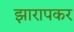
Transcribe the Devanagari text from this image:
झारापकर